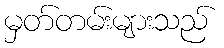
မှတ်တမ်းများသည်